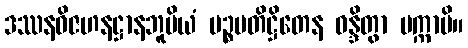
ဒဿနဝိဇဟနဋ္ဌာနဘူမိယံ ပဉ္စပတိဋ္ဌိတေန ဝန္ဒိတွာ ပက္ကာမိ။